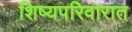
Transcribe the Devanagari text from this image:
शिष्यपरिवारात